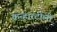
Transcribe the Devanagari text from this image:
कन्हारटोली